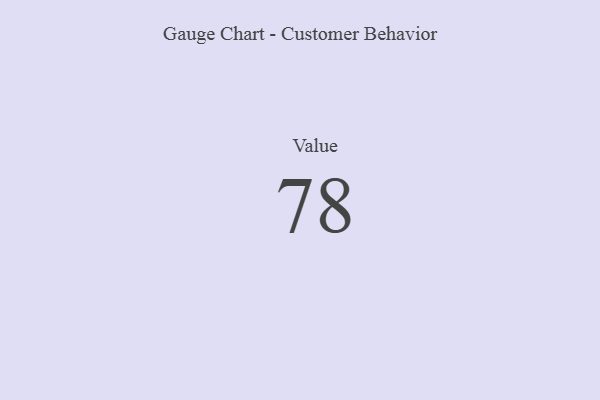
{"axis": {"x": "Metric", "y": "Value"}, "legend": [""], "data": [{"x": "Value", "y": 78, "type": ""}]}